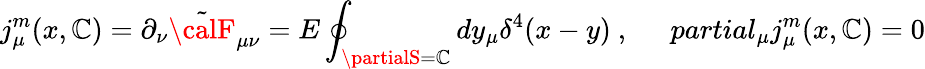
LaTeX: j_{\mu}^{m}(x,\mathbb{C})=\partial_{\nu}\tilde{{{\calF}}}_{\mu\nu}=E\oint_{\partialS=\mathbb{C}}dy_{\mu}\delta^{4}(x-y)\ ,\ \ \ \ \ \, partial_{\mu}j_{\mu}^{m}(x,\mathbb{C})=0